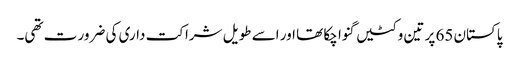
پاکستان 65 پر تین وکٹیں گنوا چکا تھا اور اسے طویل شراکت داری کی ضرور ت تھی۔